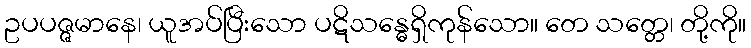
ဥပပဇ္ဇမာနေ၊ ယူအပ်ပြီးသော ပဋိသန္ဓေရှိကုန်သော။ တေ သတ္တေ၊ တို့ကို။